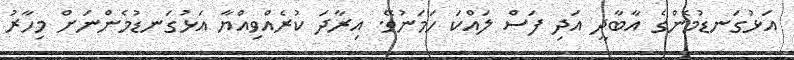
އަޅުގަނޑުމެންގެ އާބާދީ އަދި ފަސް ލައްކަ ހަމަނުވޭ. އިރާދަ ކުރެއްވިއްޔާ އަޅުގަނޑުމެންނަށް މިހާރު